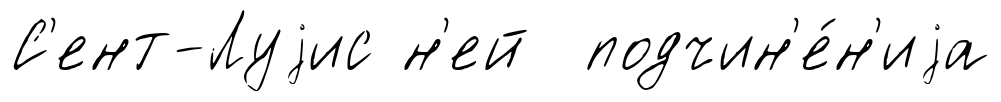
С'ент-Луjис н'ей подчин'е́н'иjа